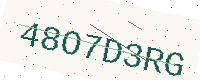
Text: 48O7D3RG